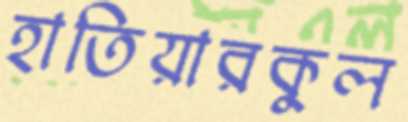
হাতিয়ারকুল